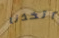
اتخذنا